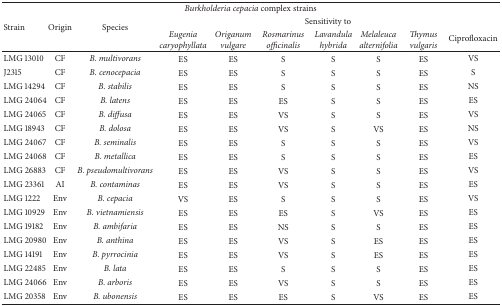
<table><thead><tr><td colspan="10"><b><i>Burkholderia cepacia</i> complex strains </b></td></tr><tr><td rowspan="2"><b>Strain</b></td><td rowspan="2"><b>Origin</b></td><td rowspan="2"><b>Species</b></td><td colspan="7"><b>Sensitivity to</b></td></tr><tr><td><b><i>Eugenia caryophyllata </i></b></td><td><b><i>Origanum vulgare </i></b></td><td><b><i>Rosmarinus officinalis </i></b></td><td><b><i>Lavandula hybrida </i></b></td><td><b><i>Melaleuca alternifolia </i></b></td><td><b><i>Thymus vulgaris </i></b></td><td><b>Ciprofloxacin</b></td></tr></thead><tbody><tr><td>LMG 13010</td><td>CF</td><td><i>B. multivorans </i></td><td>ES</td><td>ES</td><td>S</td><td>S</td><td>S</td><td>ES</td><td>VS</td></tr><tr><td>J2315</td><td>CF</td><td><i>B. cenocepacia </i></td><td>ES</td><td>ES</td><td>S</td><td>S</td><td>S</td><td>ES</td><td>S</td></tr><tr><td>LMG 14294</td><td>CF</td><td><i>B. stabilis </i></td><td>ES</td><td>ES</td><td>S</td><td>S</td><td>S</td><td>ES</td><td>NS</td></tr><tr><td>LMG 24064</td><td>CF</td><td><i>B. latens </i></td><td>ES</td><td>ES</td><td>ES</td><td>S</td><td>S</td><td>ES</td><td>ES</td></tr><tr><td>LMG 24065</td><td>CF</td><td><i>B. diffusa </i></td><td>ES</td><td>ES</td><td>VS</td><td>S</td><td>S</td><td>ES</td><td>VS</td></tr><tr><td>LMG 18943</td><td>CF</td><td><i>B. dolosa </i></td><td>ES</td><td>ES</td><td>VS</td><td>S</td><td>VS</td><td>ES</td><td>NS</td></tr><tr><td>LMG 24067</td><td>CF</td><td><i>B. seminalis </i></td><td>ES</td><td>ES</td><td>S</td><td>S</td><td>S</td><td>ES</td><td>VS</td></tr><tr><td>LMG 24068</td><td>CF</td><td><i>B. metallica </i></td><td>ES</td><td>ES</td><td>S</td><td>S</td><td>S</td><td>ES</td><td>ES</td></tr><tr><td>LMG 26883</td><td>CF</td><td><i>B. pseudomultivorans </i></td><td>ES</td><td>ES</td><td>VS</td><td>S</td><td>S</td><td>ES</td><td>VS</td></tr><tr><td>LMG 23361</td><td>AI</td><td><i>B. contaminas </i></td><td>ES</td><td>ES</td><td>VS</td><td>S</td><td>S</td><td>ES</td><td>ES</td></tr><tr><td>LMG 1222</td><td>Env</td><td><i>B. cepacia </i></td><td>VS</td><td>ES</td><td>S</td><td>S</td><td>S</td><td>ES</td><td>VS</td></tr><tr><td>LMG 10929</td><td>Env</td><td><i>B. vietnamiensis </i></td><td>ES</td><td>ES</td><td>ES</td><td>S</td><td>VS</td><td>ES</td><td>ES</td></tr><tr><td>LMG 19182</td><td>Env</td><td><i>B. ambifaria </i></td><td>ES</td><td>ES</td><td>NS</td><td>S</td><td>S</td><td>ES</td><td>ES</td></tr><tr><td>LMG 20980</td><td>Env</td><td><i>B. anthina </i></td><td>ES</td><td>ES</td><td>VS</td><td>S</td><td>ES</td><td>ES</td><td>ES</td></tr><tr><td>LMG 14191</td><td>Env</td><td><i>B. pyrrocinia </i></td><td>ES</td><td>ES</td><td>VS</td><td>S</td><td>ES</td><td>ES</td><td>ES</td></tr><tr><td>LMG 22485</td><td>Env</td><td><i>B. lata </i></td><td>ES</td><td>ES</td><td>S</td><td>S</td><td>S</td><td>ES</td><td>ES</td></tr><tr><td>LMG 24066</td><td>Env</td><td><i>B. arboris </i></td><td>ES</td><td>ES</td><td>VS</td><td>S</td><td>S</td><td>ES</td><td>ES</td></tr><tr><td>LMG 20358</td><td>Env</td><td><i>B. ubonensis </i></td><td>ES</td><td>ES</td><td>ES</td><td>S</td><td>VS</td><td>ES</td><td>ES</td></tr></tbody></table>